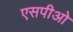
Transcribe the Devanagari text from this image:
एसपीओ